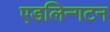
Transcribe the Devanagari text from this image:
एडलिन्गटन